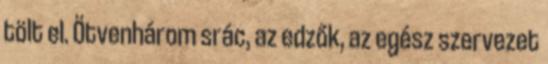
tölt el. Ötvenhárom srác, az edzők, az egész szervezet